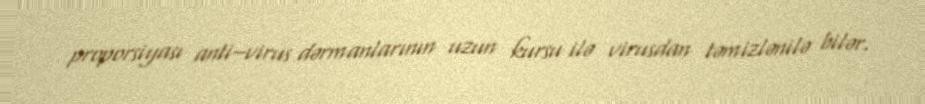
proporsiyası anti–virus dərmanlarının uzun kursu ilə virusdan təmizlənilə bilər.